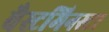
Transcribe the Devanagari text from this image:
वैस्टमिनस्टर